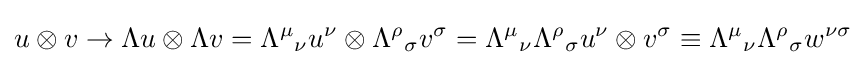
u\otimes v\rightarrow \Lambda u\otimes \Lambda v={\Lambda ^{\mu }}_{\nu }u^{\nu }\otimes {\Lambda ^{\rho }}_{\sigma }v^{\sigma }={\Lambda ^{\mu }}_{\nu }{\Lambda ^{\rho }}_{\sigma }u^{\nu }\otimes v^{\sigma }\equiv {\Lambda ^{\mu }}_{\nu }{\Lambda ^{\rho }}_{\sigma }w^{\nu \sigma }